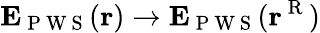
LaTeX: \mathbf{E}_{\mathrm{~P~W~S~}}(\mathbf{r})\to\mathbf{E}_{\mathrm{~P~W~S~}}(\mathbf{r}^{\mathrm{~R~}})